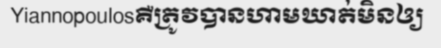
Yiannopoulosគឺត្រូវបានហាមឃាត់មិនឲ្យ